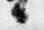
候